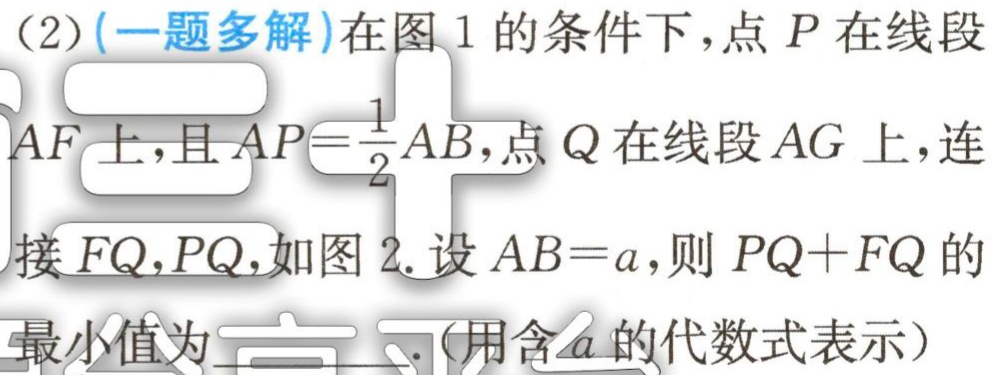
（2）(一题多解)在图1的条件下，点\(P\)在线段
\(AF\)上，且\(AP = \frac{1}{2}AB\)，点\(Q\)在线段\(AG\)上，连
接\(FQ,PQ\)，如图2. 设\(AB = a\)，则\(PQ + FQ\)的
最小值为 .(用含\(a\)的代数式表示）